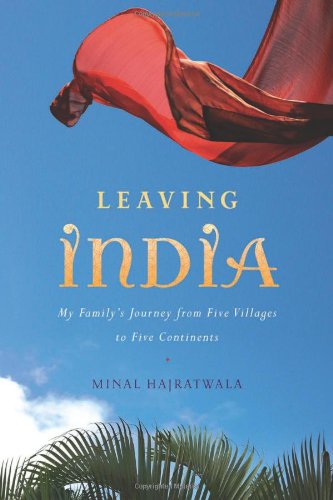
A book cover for Leaving India: My Family's Journey from Five Villages to Five Continents; Minal Hajratwala; Gay & Lesbian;